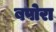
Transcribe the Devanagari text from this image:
बपोरा